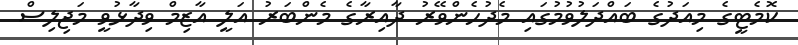
ކޮމެޓީގެ މިއަދުގެ ބައްދަލުވުމުގައި މެދުހެންވޭރު ދާއިރާގެ މެންބަރު އަލީ އާޒިމް ވިދާޅުވީ މަޖިލިސް